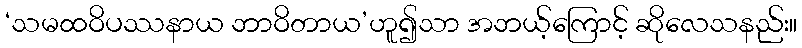
‘သမထဝိပဿနာယ ဘာဝိတာယ’ဟူ၍သာ အဘယ့်ကြောင့် ဆိုလေသနည်း။